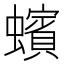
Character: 蠙